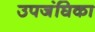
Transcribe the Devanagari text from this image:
उपजंघिका